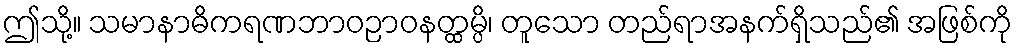
ဤသို့။ သမာနာဓိကရဏဘာဝဉာဝနတ္ထမ္ပိ၊ တူသော တည်ရာအနက်ရှိသည်၏ အဖြစ်ကို